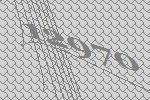
12970